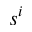
s ^ { i }